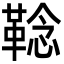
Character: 𩋏